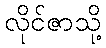
လိုင်ဇာသို့